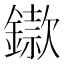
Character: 䥗